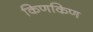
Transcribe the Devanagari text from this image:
किणकिण